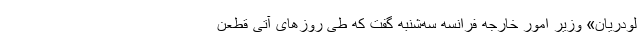
لودریان» وزیر امور خارجه فرانسه سه‌شنبه گفت که طی روزهای آتی قطعن